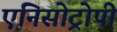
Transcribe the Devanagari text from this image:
एनिसोट्रोपी